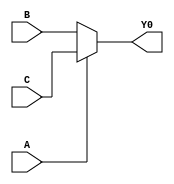
module mux(
  input wire A,
  input wire B,
  input wire C,
  output reg Y0
);

always @(A or B or C) begin
  if (A) begin
    Y0 = C;  
  end else begin
    Y0 = B; 
  end
end

endmodule